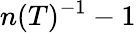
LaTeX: n(T)^{-1}-1